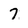
Character: 7